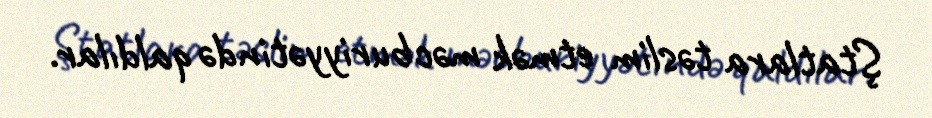
Ştatlara təslim etmək məcburiyyətində qaldılar.